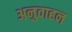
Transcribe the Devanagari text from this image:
अनुवाहन